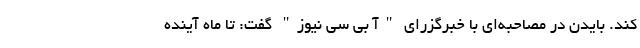
کند. بایدن در مصاحبه‌ای با خبرگزرای "آ بی سی نیوز" گفت: تا ماه آینده